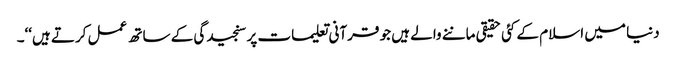
دنیا میں اسلام کے کئی حقیقی ماننے والے ہیں جو قرآنی تعلیمات پر سنجیدگی کے ساتھ عمل کرتے ہیں‘‘۔